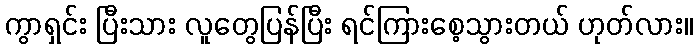
ကွာရှင်း ပြီးသား လူတွေပြန်ပြီး ရင်ကြားစေ့သွားတယ် ဟုတ်လား။